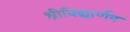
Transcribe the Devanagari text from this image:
श्रीविद्यार्णव